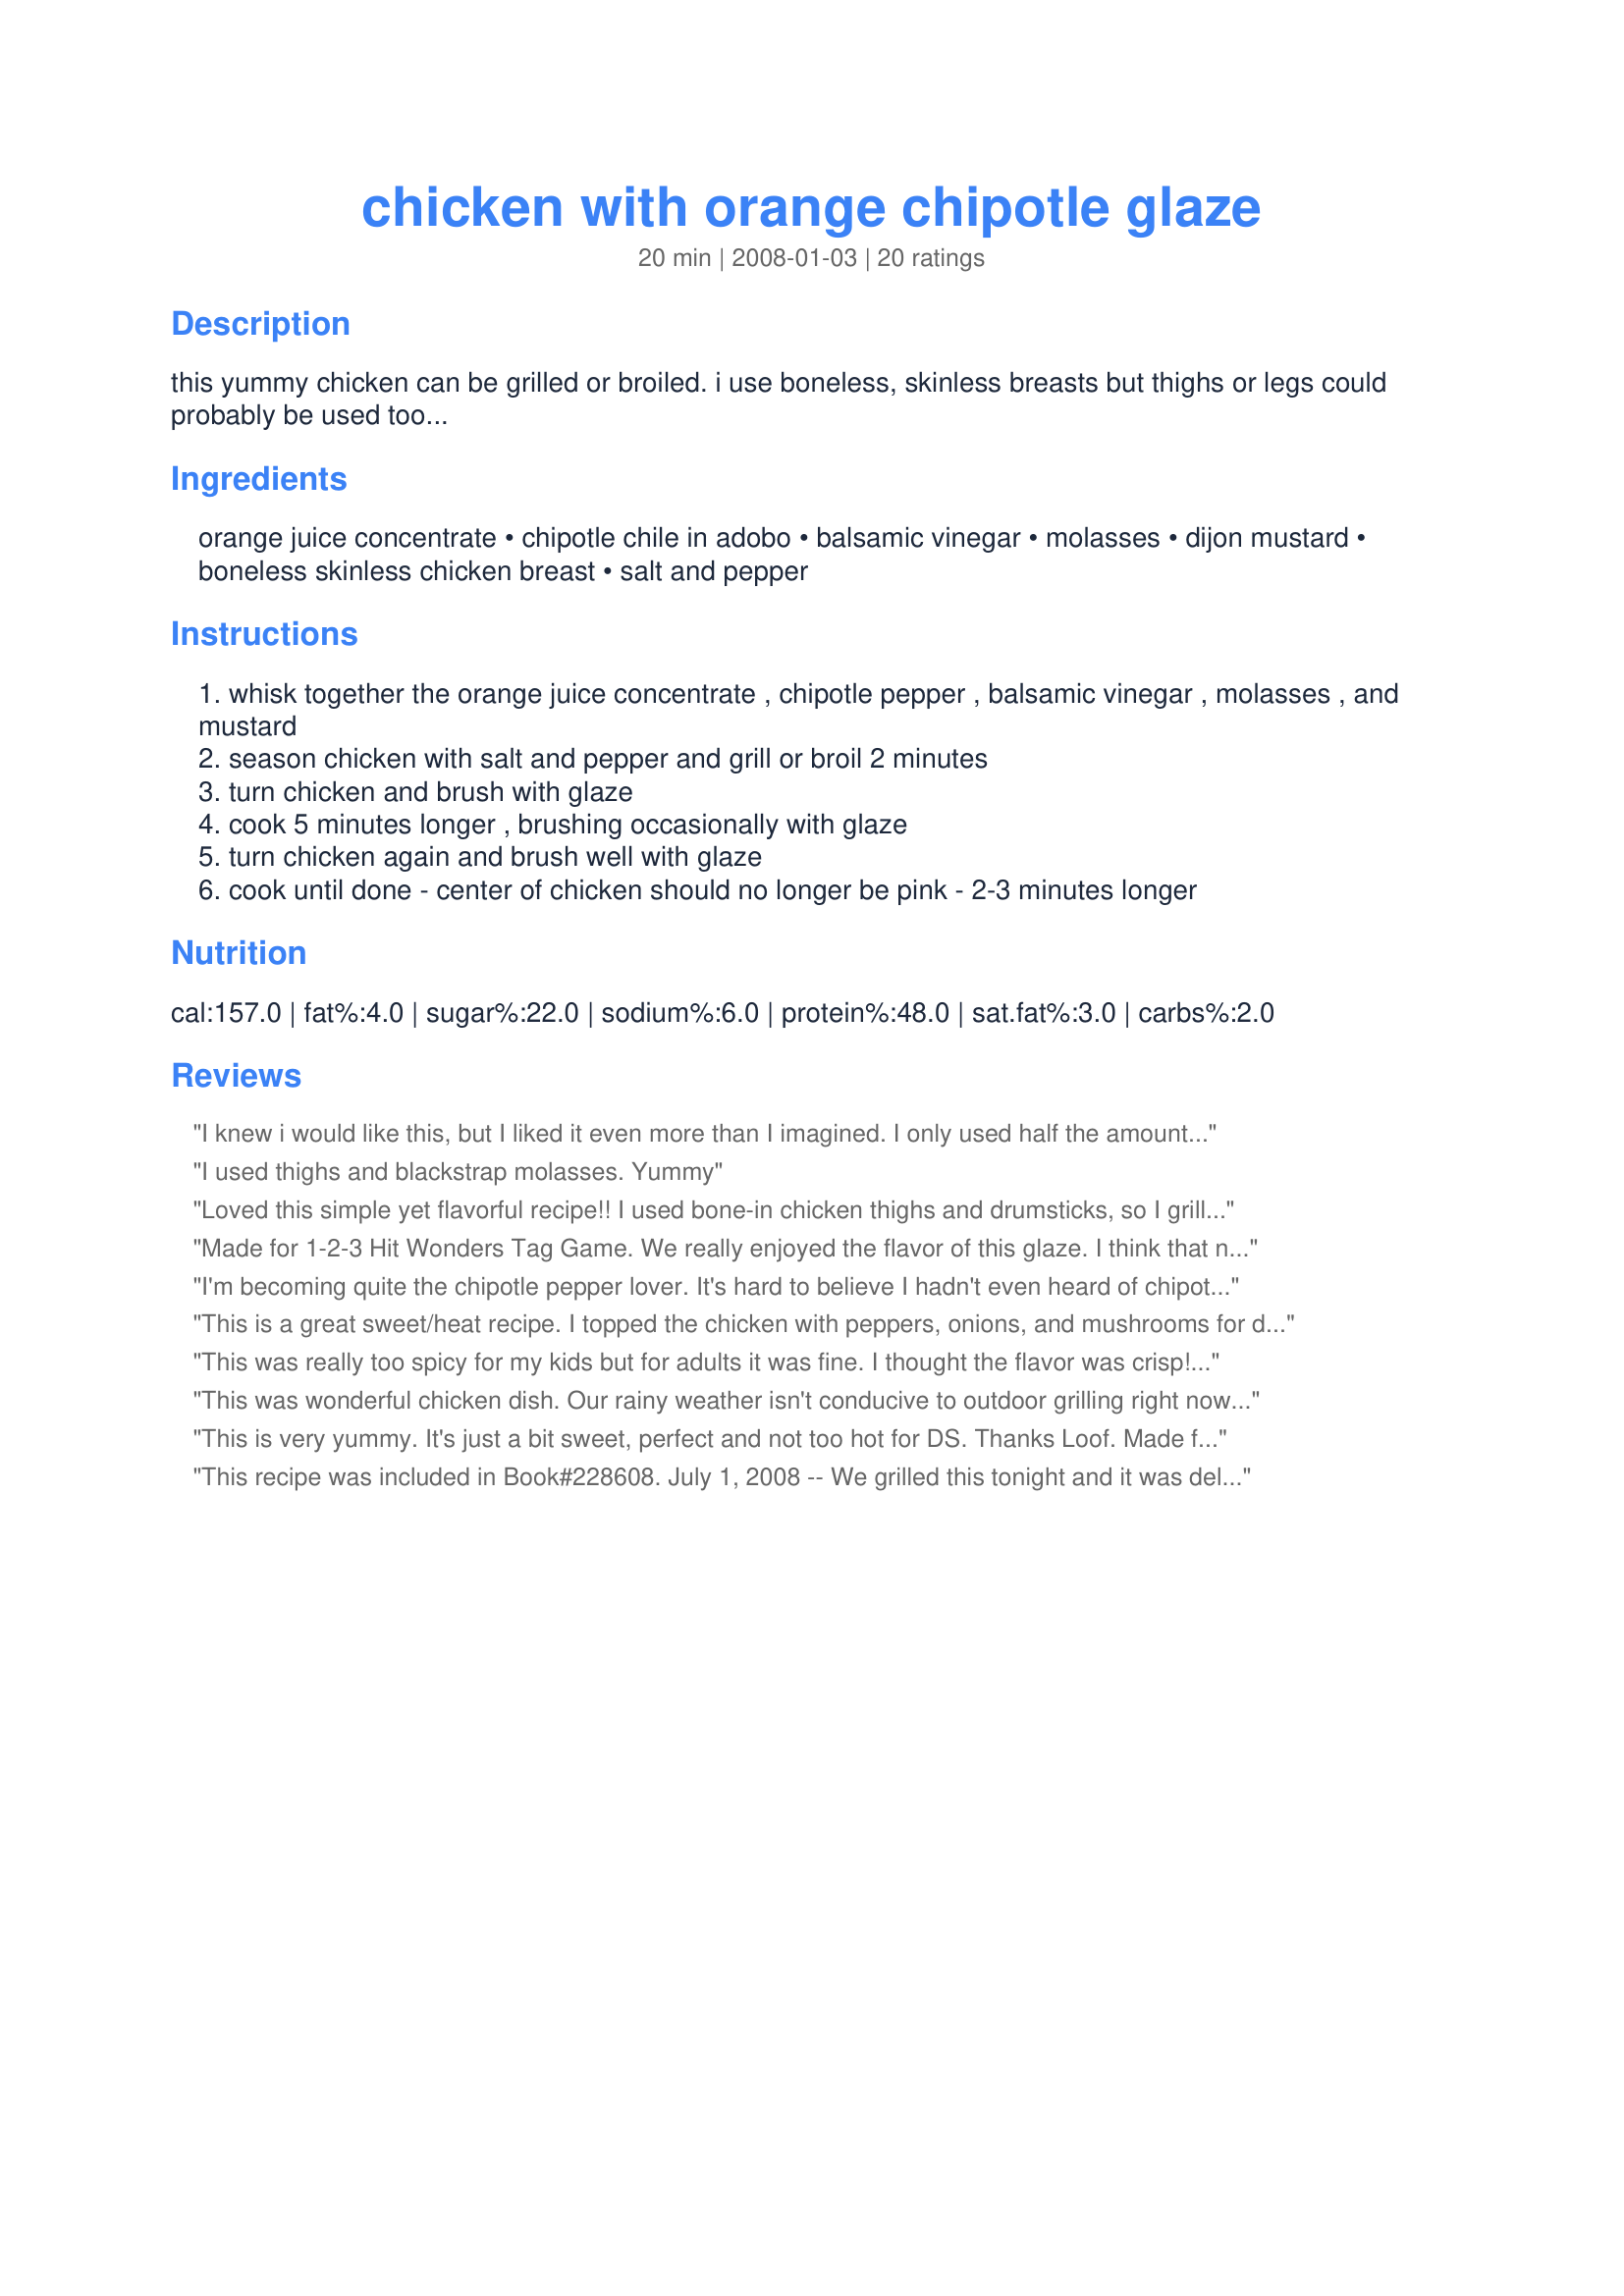
chicken with orange chipotle glaze
Preparation time: 20 minutes

this yummy chicken can be grilled or broiled. i use boneless, skinless breasts but thighs or legs could probably be used too...

Ingredients:
orange juice concentrate, chipotle chile in adobo, balsamic vinegar, molasses, dijon mustard, boneless skinless chicken breast, salt and pepper

Steps:
whisk together the orange juice concentrate , chipotle pepper , balsamic vinegar , molasses , and mustard
season chicken with salt and pepper and grill or broil 2 minutes
turn chicken and brush with glaze
cook 5 minutes longer , brushing occasionally with glaze
turn chicken again and brush well with glaze
cook until done - center of chicken should no longer be pink - 2-3 minutes longer

Reviews:
I knew i would like this, but I liked it even more than I imagined. I only used half the amount of chipotle because I am a heat whimp, but otherwise I left the ingredients alone. I broiled boneless breasts and thighs in the oven. Of course the thighs were done first , so I pulled them out first. The sauce clung nicely to the meat and didn't all run off, even after I flipped the chicken pieces. I am absolutely hanging on to this one.
I used thighs and blackstrap molasses. Yummy
Loved this simple yet flavorful recipe!! I used bone-in chicken thighs and drumsticks, so I grilled mine between 30-45 minutes. I started brushing on the marinade with about 15 minutes to go. GREAT flavor in the marinade. I couldn't get over that such an easy recipe could impress me so much! Delicious!!
Made for 1-2-3 Hit Wonders Tag Game. We really enjoyed the flavor of this glaze. I think that next time I made this I will double the sauce and marinate the chicken in it before grilling so the flavor imparts into the chicken. Thanks for posting this, loof!
I'm becoming quite the chipotle pepper lover. It's hard to believe I hadn't even heard of chipotles until I moved to New Mexico! This is one of the better uses! I used bone-in breasts and made them in the oven. This is an awesome preparation and I will fix this often. Thnx for posting your recipe, loof. Made for Comfort Cafe Summer 2009.
This is a great sweet/heat recipe. I topped the chicken with peppers, onions, and mushrooms for dinner. I can also see this shredded and used in tacos. Very nice recipe, thanks for sharing.
This was really too spicy for my kids but for adults it was fine. I thought the flavor was crisp!~ Next time I will cut back on the adobe... Made for PRMR!
This was wonderful chicken dish. Our rainy weather isn't conducive to outdoor grilling right now, so I broiled it in my oven and the chicken turned out perfectly moist and nicely flavored with the orange-chipotle glaze. I know I'll make this again, so it's going right into my "keeper" folder. Thanks for sharing your recipe, loof. Made for "Please Review My Recipe" tag game.
This is very yummy. It's just a bit sweet, perfect and not too hot for DS. Thanks Loof. Made for Zaar Star Game.
This recipe was included in Book#228608. July 1, 2008 -- We grilled this tonight and it was delicious! I doubled the amount of sauce; I used half for glazing the chicken while it grilled and saved the other half for a "dipping sauce." Yum -- double the taste of the delicious combination of the sweet ingredients with the smoky and fiery taste of the chipotles. I can't wait to make this again; it was great!
I liked this one but added double chipotle since we love the heat. Nice way to do chicken. Made for Football Pool 2012.
Very good. Not quite as flavorful as I'd hoped, but a nice way to use up extra chipotles. Made with corm & white rice.
I had meant to make this tonight, but forgot to thaw the chicken. As I had my taste buds primed for this, I thawed some tilapia fillets and pan-grilled them with this sauce. I also used it to glaze some sweet potatoes that I had sliced and cooked until just tender and then pan-glazed. I did not use the molasses, as I did not think that would go as well with the fish, and would increase the orange juice next time. I liked this, but Mr Grumpy took a couple of bites and set it aside. Usually he loves very spicy food, but this did not suit him.
Simply delicious-loved the sweetness versus the heat, it never fails to please.<br/>An absolute keeper..can't wait until summer to get this out on the barbecue!!<br/>Made for 123 Hits.
This was so good! It came out nice and moist. I do have to admit that with the listed ingredients I thought that my mouth would be hopping with joy. The dominate flavor was orange. I had hoped to have tasted some of the other ingredients. So with that said, I will make this again and keep only the chicken and orange the same but double the rest of the ingredients. I think that will make my mouth have a happy dance. Thanks for posting a very interesting recipe. :)
Another fantastic recipe Loof! I have to admit that I did sub some fresh squeezed tangerine juice (I boiled it down so it would be more concentrated). I have a pile of these amazing tangerines from a friend's tree that are making all these orange related dishes sing! I doubled the sauce and reserved half for dipping. This flavor combination is great. I didn't even have a chance to get a picture as we were so excited to eat and now it is all gone. My hubby has requested it as a repeat really soon. Thanks Loof!! Made for PRMR.
This dish includes one of my favorite combinations of flavors orange and chili peppers so it was no surprise just how much I enjoyed it. The balance is perfect with the balsamic providing just the right amount of acidity. I adapted this recipe to suit my urban kitchen by cooking the chicken on my indoor grill for 4 minutes. In the meantime I mixed the sauce in a nonstick skillet adding a few tablespoons of water and began heating. Added the cooked chicken and let the sauce simmer down into a luscious syrupy glaze. Thanks for a delightful dinner loof. Made for *123 Hit Wonders*.
Great contrast of sweet & spicy flavors. I must admit that I am a wimp when it comes to heat/hot peppers, so I used the juice from the can (in the full amount as the peppers). I think I am getting better with eating spicier foods, so next time I would definitely try the recipe with the minced peppers. I made 1/2 of the recipe and it made for a great lunch. Thanks for sharing the recipe. Made for PRMR Tag Game.
This was very good, we really enjoyed this combination of flavors, I used a whole chicken cut in half so I doubled the amount of glaze and wished I had more to dip into. I used 1 large chipotle and found the spiciness just right, though the left overs were even spicier. Most of the flavor was just on the surface so I will try marinating the chicken in the glaze next time as someone else mentioned. I roasted the chicken in the oven at 375 degrees, which worked really well, but I could tell grilling would be great too. Thank you loof for sharing your wonderful recipe and for your patience in waiting for this review for PRMR Tag.
This is a delicious way to prepare grilled chicken. I used a white balsamic vinegar. I also added some freshly grated orange zest in addition to the OJ concentrate. Yum!!! The glaze made the perfect amount for four chicken breasts. We will definitely be making this again. Made for PRMR.
